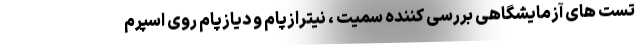
تست های آزمایشگاهی بررسی کننده سمیت ، نیترازپام و دیازپام روی اسپرم